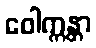
ဝေါက္ကန္တာ